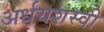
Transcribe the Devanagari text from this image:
अर्धयशस्वी